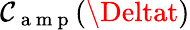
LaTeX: \mathcal{C}_{\mathrm{{~a~m~p~}}}(\Deltat)